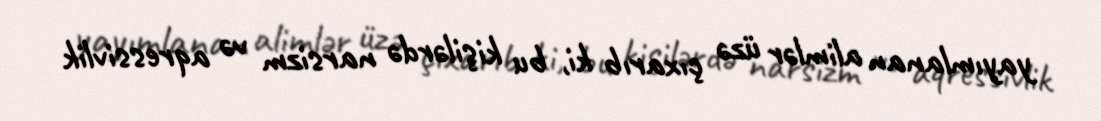
yayımlanan alimlər üzə çıxarıb ki, bu kişilərdə narsizm və aqressivlik